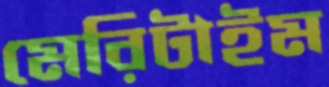
মেরিটাইম